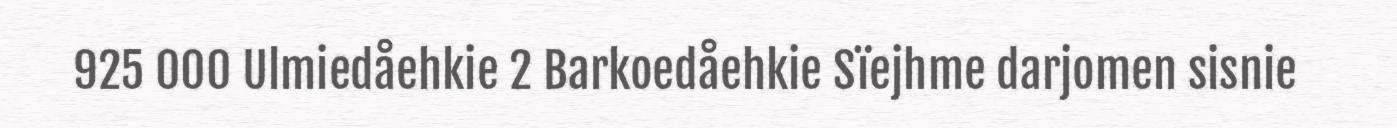
925 000 Ulmiedåehkie 2 Barkoedåehkie Sïejhme darjomen sisnie